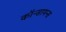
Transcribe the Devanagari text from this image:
कॉन्सायन्स